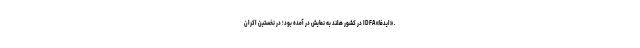
ـ «ایدفا» IDFA در کشور هلند به نمایش در آمده بود؛ در نخستین اکران